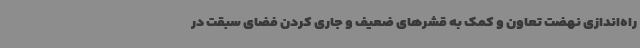
راه‌اندازی نهضت تعاون و کمک به قشرهای ضعیف و جاری کردن فضای سبقت در